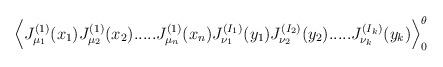
LaTeX: \begin{align*}\Big\langle J^{(1)}_{\mu_1}(x_1) J^{(1)}_{\mu_2}(x_2) .....J^{(1)}_{\mu_n}(x_n) J^{(I_1)}_{\nu_1}(y_1)J^{(I_2)}_{\nu_2}(y_2) ..... J^{(I_k)}_{\nu_k}(y_k) \Big\rangle_0^\theta\end{align*}